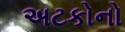
અટકોનો